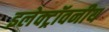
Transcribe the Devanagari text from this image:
इलेक्ट्रॉवनीय